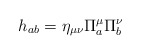
\begin{align*}h_{ab}=\eta_{\mu\nu}\Pi^{\mu}_a\Pi^{\nu}_b\end{align*}